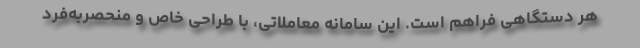
هر دستگاهی فراهم است. این سامانه معاملاتی، با طراحی خاص و منحصربه‌فرد